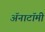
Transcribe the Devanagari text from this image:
अॅनाटॉमी